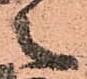
之